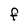
Character: F